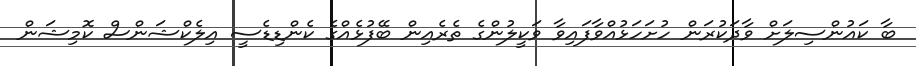
ބާ ކައުންސިލަށް ވާދަކުރަން ހުށަހަޅުއްވާފައިވާ ވަކީލުންގެ ތެރެއިން ބޭފުޅެއްގެ ކެންޑިޑެސީ އިލެކްޝަންސް ކޮމިޝަން